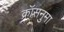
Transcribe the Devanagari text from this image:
क्रॉसनुमा